Civil Veterinary Dept. North-West Frontier Province 1933-46 - 1933-1946
Year: 1933
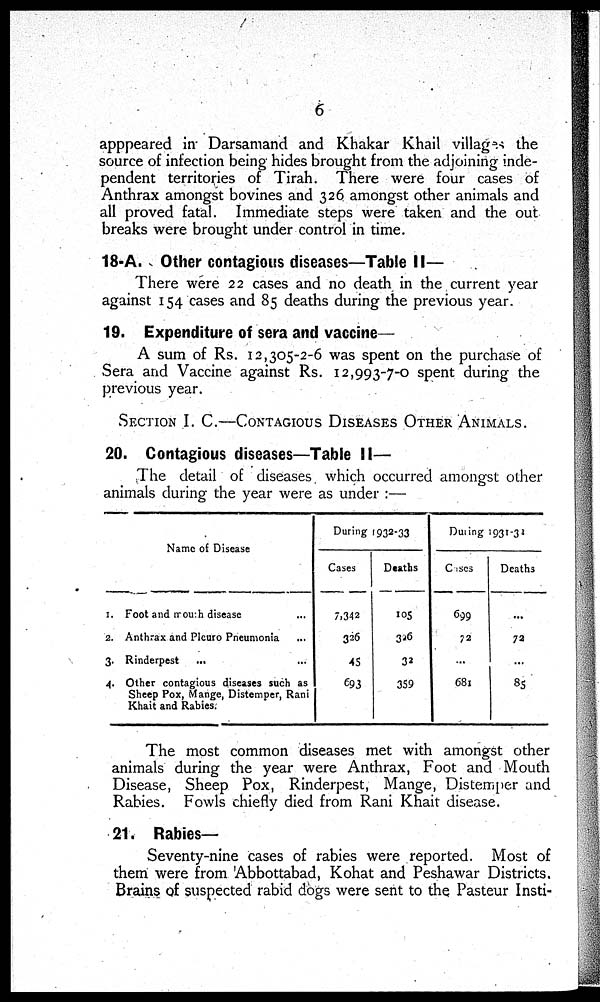
6
apppeared in Darsamand and Khakar Khail villages the
source of infection being hides brought from the adjoining inde-
pendent territories of Tirah. There were four cases of
Anthrax amongst bovines and 326 amongst other animals and
all proved fatal. Immediate steps were taken and the out
breaks were brought under control in time.
18-A. Other contagious diseases—Table II—
There were 22 cases and no death in the current year
against 154 cases and 85 deaths during the previous year.
19. Expenditure of sera and vaccine—
A sum of Rs. 12,305-2-6 was spent on the purchase of
Sera and Vaccine against Rs. 12,993-7-0 spent during the
previous year.
SECTION I. C.—CONTAGIOUS DISEASES OTHER ANIMALS.
20. Contagious diseases—Table II—
The detail of diseases which occurred amongst other
animals during the year were as under :—
Name of Disease
1.
2.
3.
4.
Foot and mouch disease ...
Anthrax and Pleuro Pneumonia ...
Rinderpest
... ...
Other contagious diseases such as
Sheep Pox, Mange, Distemper, Rani
Khait and Rabies.
During 1932-33
Cases
7.342
326
45
693
Deaths
105
326
32
359
During 1931-32
Cases
699
72
...
681
Deaths
...
72
...
85
The most common diseases met with amongst other
animals during the year were Anthrax, Foot and Mouth
Disease, Sheep Pox, Rinderpest, Mange, Distemper and
Rabies. Fowls chiefly died from Rani Khait disease.
21. Rabies—
Seventy-nine cases of rabies were reported. Most of
them were from Abbottabad, Kohat and Peshawar Districts.
Brains of suspected rabid dogs were sent to the Pasteur Insti-